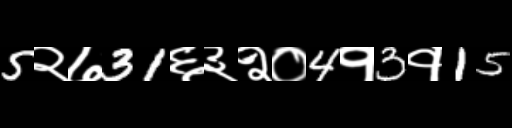
Text: 5२७31६३२०4१3१15